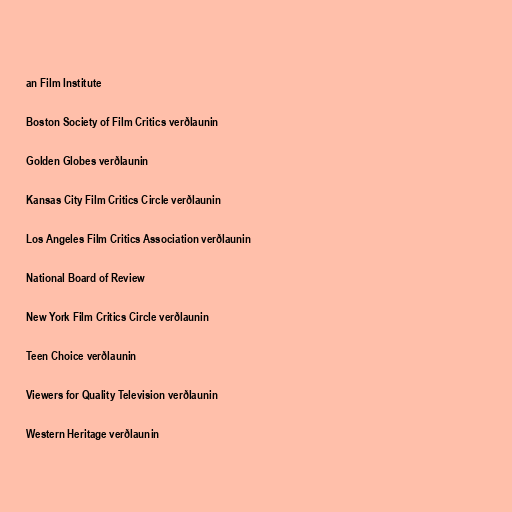
an Film Institute

Boston Society of Film Critics verðlaunin

Golden Globes verðlaunin

Kansas City Film Critics Circle verðlaunin

Los Angeles Film Critics Association verðlaunin

National Board of Review

New York Film Critics Circle verðlaunin

Teen Choice verðlaunin

Viewers for Quality Television verðlaunin

Western Heritage verðlaunin